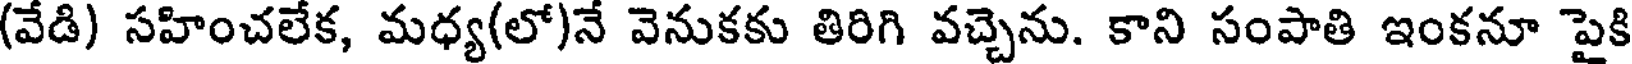
(వేడి) సహించలేక, మధ్య(లో)నే వెనుకకు తిరిగి వచ్చెను. కాని సంపాతి ఇంకనూ పైకి